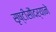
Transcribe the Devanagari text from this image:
सृष्टीसौंदर्याने